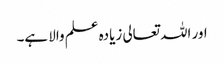
اور اللہ تعالی زیادہ علم والا ہے۔